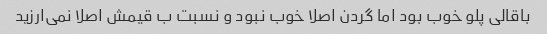
باقالی پلو خوب بود اما گردن اصلا خوب نبود و نسبت ب قیمش اصلا نمی‌ارزید